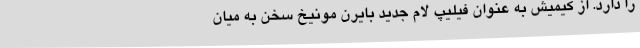
را دارد. از کیمیش به عنوان فیلیپ لام جدید بایرن مونیخ سخن به میان